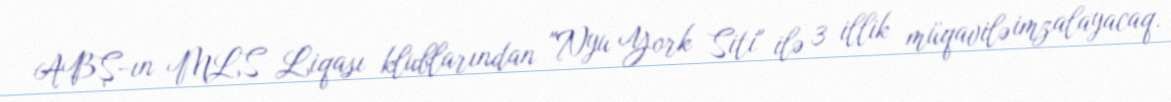
ABŞ-ın MLS Liqası klublarından "Nyu York Siti" ilə 3 illik müqavilə imzalayacaq.